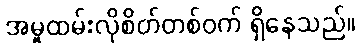
အမှုထမ်းလိုစိတ်တစ်ဝက် ရှိနေသည်။